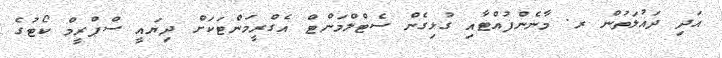
އަދި ދައުލަތުން ރ. މާނެންފުއްޓާއި ގުޅިގެން ސެޓްލްމަންޓް އެގްރީމަންޓަކަށް ދިޔައީ ސްޕްރީމް ކޯޓުގެ